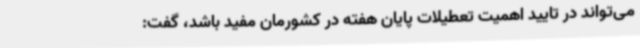
می‌تواند در تایید اهمیت تعطیلات پایان هفته در کشورمان مفید باشد، گفت: